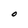
Character: O